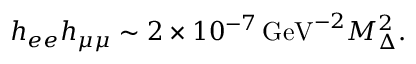
h _ { e e } h _ { \mu \mu } \sim 2 \times 1 0 ^ { - 7 } \, \mathrm { G e V } ^ { - 2 } M _ { \Delta } ^ { 2 } .